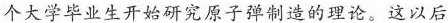
大学毕业生开始研究原子弹制造的理论。这以后